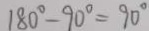
1 8 0 ^ { \circ } - 9 0 ^ { \circ } = 9 0 ^ { \circ }